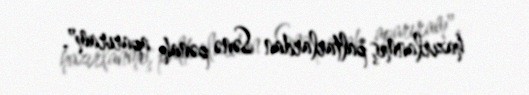
hazırlanmış paltarlardan Sənə pənah aparıram".